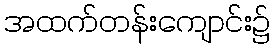
အထက်တန်းကျောင်း၌